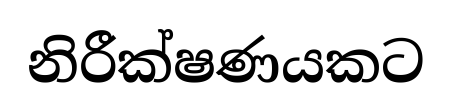
නිරීක්ෂණයකට